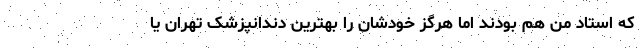
که استاد من هم بودند اما هرگز خودشان را بهترین دندانپزشک تهران یا